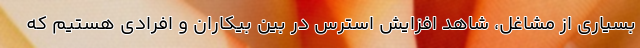
بسیاری از مشاغل، شاهد افزایش استرس در بین بیکاران و افرادی هستیم که